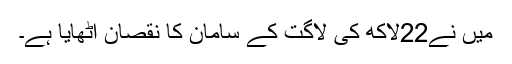
میں نے22لاکھ کی لاگت کے سامان کا نقصان اٹھایا ہے۔